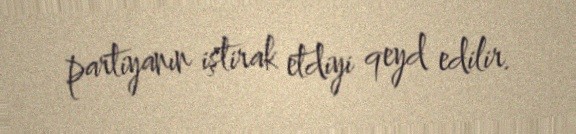
partiyanın iştirak etdiyi qeyd edilir.